Proceedings of the meeting of veterinary officers in India
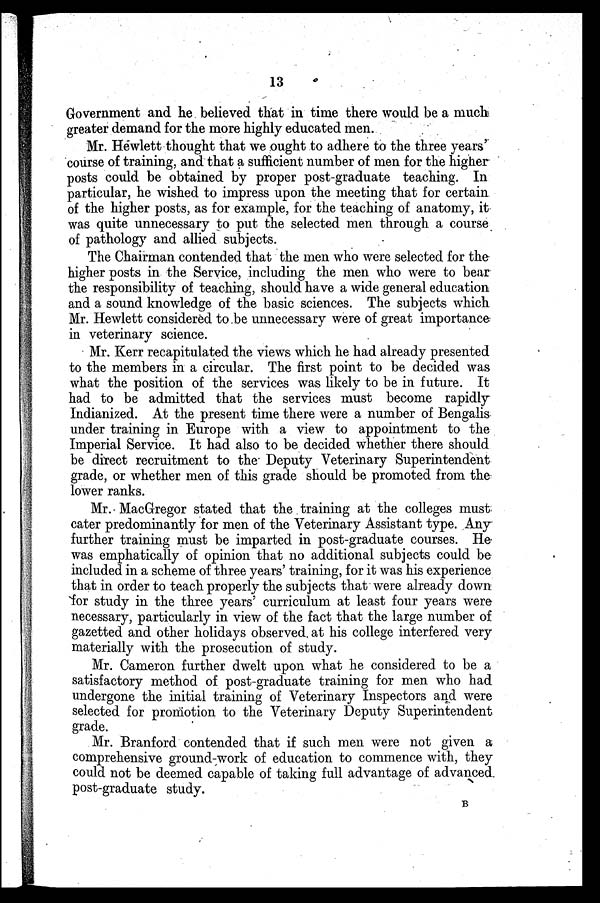
13
Government and he believed that in time there would be a much
greater demand for the more highly educated men.
Mr. Hewlett thought that we ought to adhere to the three years'
course of training, and that a sufficient number of men for the higher
posts could be obtained by proper post-graduate teaching. In
particular, he wished to impress upon the meeting that for certain
of the higher posts, as for example, for the teaching of anatomy, it
was quite unnecessary to put the selected men through a course
of pathology and allied subjects.
The Chairman contended that the men who were selected for the
higher posts in the Service, including the men who were to bear
the responsibility of teaching, should have a wide general education
and a sound knowledge of the basic sciences. The subjects which
Mr. Hewlett considered to be unnecessary were of great importance
in veterinary science.
Mr. Kerr recapitulated the views which he had already presented
to the members in a circular. The first point to be decided was
what the position of the services was likely to be in future. It
had to be admitted that the services must become rapidly
Indianized. At the present time there were a number of Bengalis
under training in Europe with a view to appointment to the
Imperial Service. It had also to be decided whether there should
be direct recruitment to the Deputy Veterinary Superintendent
grade, or whether men of this grade should be promoted from the
lower ranks.
Mr. MacGregor stated that the training at the colleges must
cater predominantly for men of the Veterinary Assistant type. Any
further training must be imparted in post-graduate courses. He
was emphatically of opinion that no additional subjects could be
included in a scheme of three years' training, for it was his experience
that in order to teach properly the subjects that were already down
for study in the three years' curriculum at least four years were
necessary, particularly in view of the fact that the large number of
gazetted and other holidays observed at his college interfered very
materially with the prosecution of study.
Mr. Cameron further dwelt upon what he considered to be a
satisfactory method of post-graduate training for men who had
undergone the initial training of Veterinary Inspectors and were
selected for promotion to the Veterinary Deputy Superintendent
grade.
Mr. Branford contended that if such men were not given a
comprehensive ground-work of education to commence with, they
could not be deemed capable of taking full advantage of advanced.
post-graduate study.
B